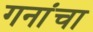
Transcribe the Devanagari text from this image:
गनांचा